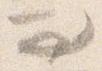
問